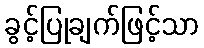
ခွင့်ပြုချက်ဖြင့်သာ